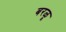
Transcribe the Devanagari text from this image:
बरळू